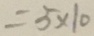
= 5 \times 1 0